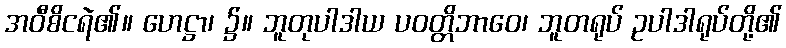
အဝီစိငရဲ၏။ ဟေဋ္ဌာ၊ ၌။ ဘူတုပါဒါယ ပဝတ္တိဘာဝေ၊ ဘူတရုပ် ဥပါဒါရုပ်တို့၏